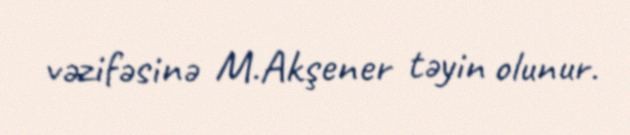
vəzifəsinə M.Akşener təyin olunur.